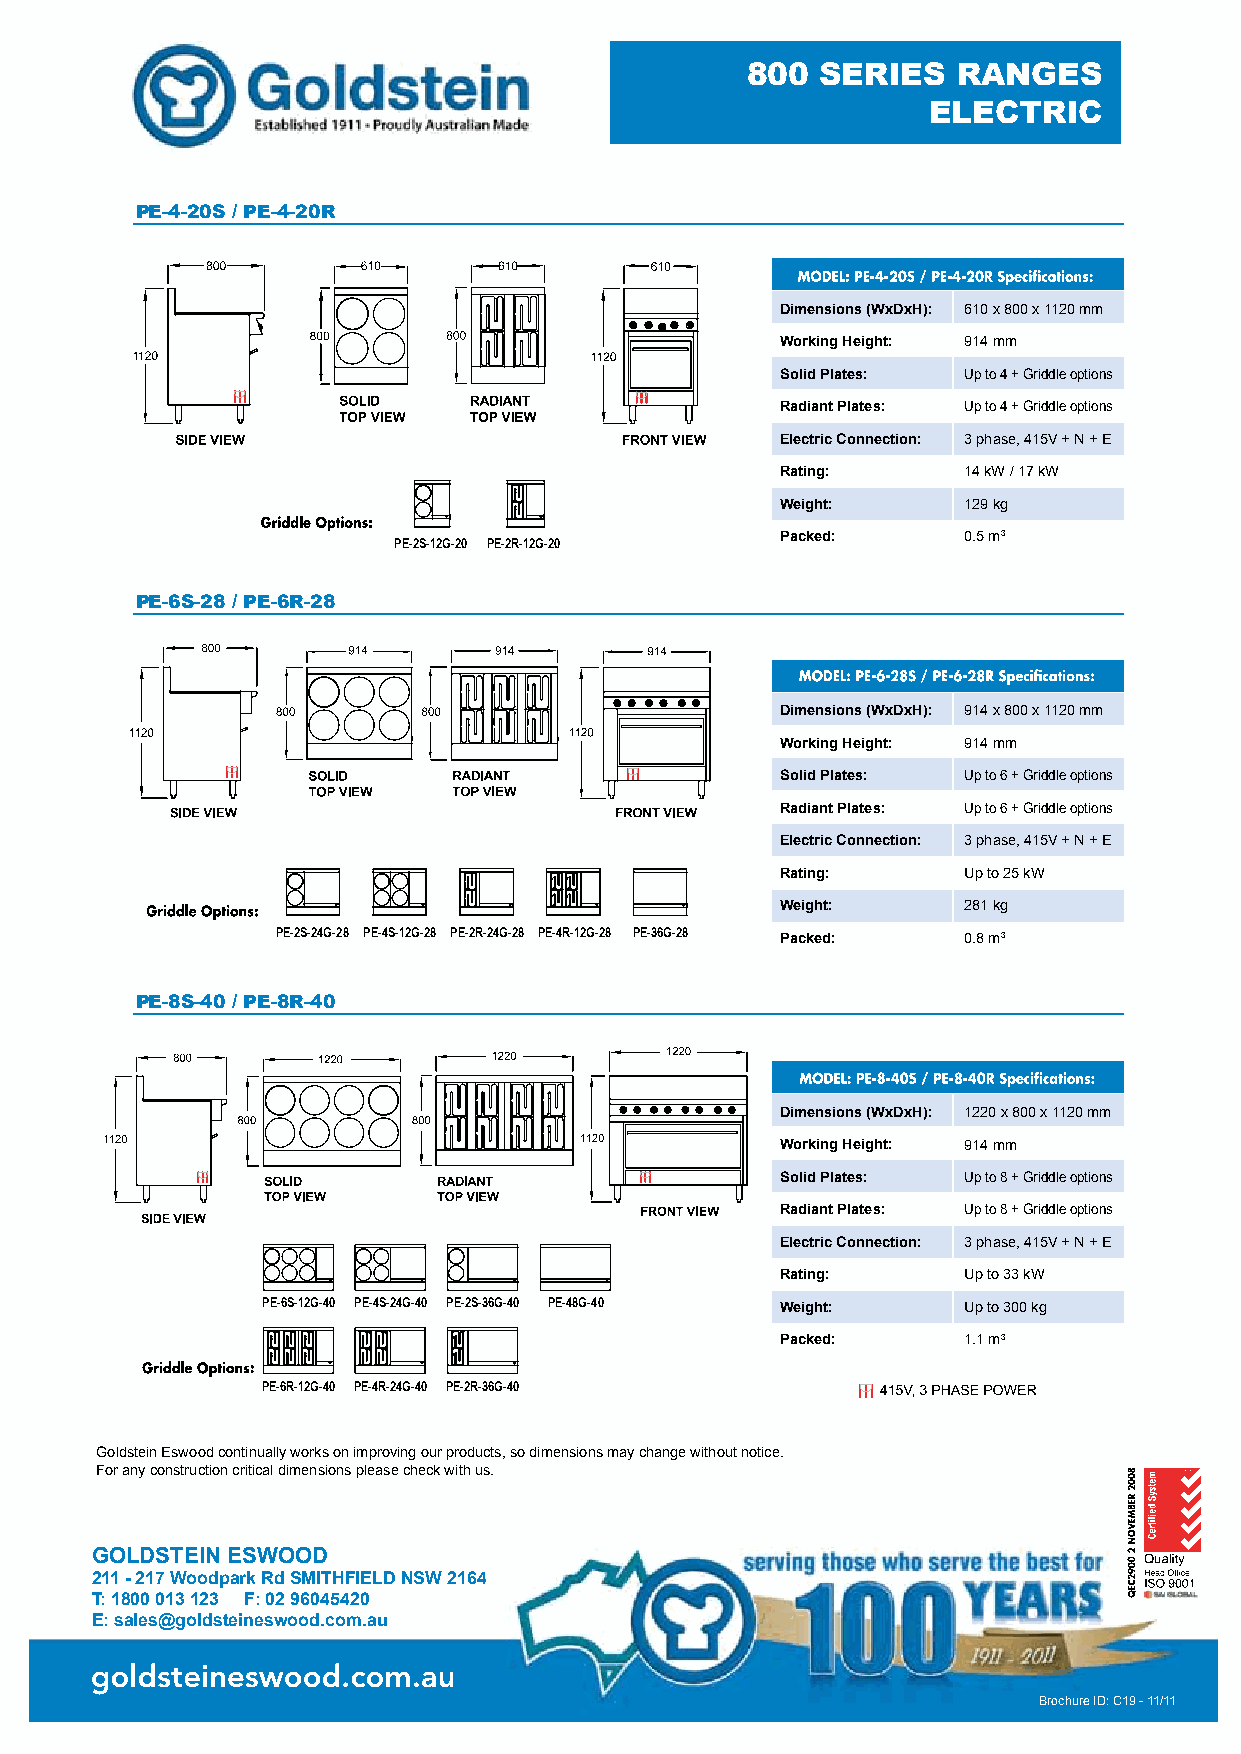
800  SERIES   RANGES
 ELECTRIC
 PE-4-20S / PE-4-20R
 Dimensions (WxDxH): 610 x 800 x 1120 mm
 Working Height: 914 mm
 Solid Plates: Up to 4 + Griddle options
 Radiant Plates: Up to 4 + Griddle options
 Electric Connection: 3 phase, 415V + N + E
 Rating:     14 kW / 17 kW
 Weight:     129 kg
 Packed:     0.5 m3
 PE-2S-12G-20 PE-2R-12G-20
 PE-6S-28 / PE-6R-28
 Dimensions (WxDxH): 914 x 800 x 1120 mm
 Working Height: 914 mm
 Solid Plates: Up to 6 + Griddle options
 Radiant Plates: Up to 6 + Griddle options
 Electric Connection: 3 phase, 415V + N + E
 Rating:     Up to 25 kW
 Weight:     281 kg
 PE-2S-24G-28 PE-4S-12G-28 PE-2R-24G-28 PE-4R-12G-28 PE-36G-28 Packed: 0.8 m3
 PE-8S-40 / PE-8R-40
 Dimensions (WxDxH): 1220 x 800 x 1120 mm
 Working Height: 914 mm
 Solid Plates: Up to 8 + Griddle options
 Radiant Plates: Up to 8 + Griddle options
 Electric Connection: 3 phase, 415V + N + E
 Rating:     Up to 33 kW
 PE-6S-12G-40 PE-4S-24G-40 PE-2S-36G-40 PE-48G-40 Weight: Up to 300 kg
 Packed:     1.1 m3
 PE-6R-12G-40 PE-4R-24G-40 PE-2R-36G-40
 Goldstein Eswood continually works on improving our products, so dimensions may change without notice.
 For any construction critical dimensions please check with us.
 GOLDSTEIN ESWOOD
 211 - 217 Woodpark Rd SMITHFIELD NSW 2164
 T: 1800 013 123 F: 02 96045420
 E: sales@goldsteineswood.com.au
 Brochure ID: C19 - 11/11